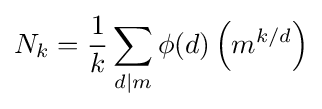
N_{k}={\frac {1}{k}}\sum _{d|m}\phi (d)\left(m^{k/d}\right)